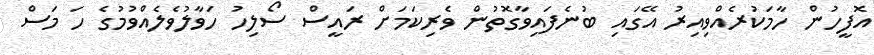
އޮފީހުން ހާމަކުރެއްވިއިރު އޭގައި ބުނެފައިވާގޮތުން ވެރިކަމަށް ރައީސް ސޯލިހު ހަވާލުވެލެއްވުމުގެ ހަ މަސް